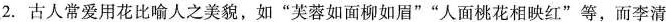
2.古人常爱用花比喻人之美貌，如”芙蓉如面柳如眉””人面桃花相映红”等，而李清